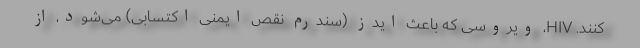
کنند. HIV، ویروسی که باعث ایدز (سندرم نقص ایمنی اکتسابی) می‌شود، از